system: You are a helpful assistant.
user:
Analyze the provided spectrum to determine if it is a **White Dwarf (WD)**.

A White Dwarf spectrum is defined by its **extreme purity** (due to gravitational settling) and/or **extreme pressure broadening** (due to high surface gravity). You must check for one of the following mutually exclusive signatures:

- **Key Visual Indicators (Check for ONE of these types):**

    - **1. DA-Type Signature (Most Common):**
        - **(Primary Feature):** Extreme pressure broadening (Stark broadening) of the **Hydrogen (H) Balmer lines**.
        - **(Key Lines):** $H\beta$ (approx. $4861$ Å) and $H\gamma$ (approx. $4340$ Å). $H\alpha$ (approx. $6563$ Å) will also be present if the wavelength range covers it.
        - **(Line Profile):** This is the **defining feature**. The lines are **NOT** sharp. They appear as massive, **extremely broad and deep "troughs" or "dips"** in the spectrum, often hundreds of Ångströms wide. The continuum will appear to "scoop" down at these wavelengths.
        - **(Distinction):** Normal A-type or B-type stars have *narrow* and *sharp* Hydrogen lines. A DA White Dwarf's lines are unmistakably "smeared" or "blurry" from pressure.

    - **2. DB-Type Signature:**
        - **(Primary Feature):** Broad absorption lines from **Neutral Helium (He I)**. The spectrum must lack any visible Hydrogen lines.
        - **(Key Lines):** Look for broad absorption near $4471$ Å, $4921$ Å, and $5876$ Å.
        - **(Line Profile):** These lines are also significantly pressure-broadened, appearing much wider than they would in a normal B-type main-sequence star.

    - **3. DC-Type Signature:**
        - **(Primary Feature):** A **featureless continuous spectrum**.
        - **(Line Profile):** The spectrum is a smooth curve with **no significant absorption or emission lines**.
        - **(Key Confirmation):** The continuum is almost always **blue or white**, indicating a hot object. This signature implies the atmosphere is so pure (or so cool) that no spectral lines are visible in the optical range. Its WD identity is confirmed by its extremely low intrinsic brightness (high absolute magnitude).

    - **4. DZ-Type Signature (Metal-Polluted):**
        - **(Primary Feature):** **Isolated, narrow metal absorption lines** on an otherwise featureless (DC-like) continuum.
        - **(Key Lines):** The **Calcium (Ca II) H & K doublet** (approx. **$3934$ Å** and **$3968$ Å**) is the most common and defining feature.
        - **(Line Profile):** These lines are "out of place." They are *not* part of a "forest" of thousands of lines. This signature is evidence of recent *accretion* (pollution) from rocky debris.
        - **(Distinction):** Normal G/K/M stars have a *dense forest* of thousands of metal lines. A DZ has a *clean* continuum with *only a few* strong metal lines.

    - **5. DQ-Type Signature (Carbon-Polluted):**
        - **(Primary Feature):** Absorption bands from **Carbon (C₂ "Swan Bands" or atomic C I)**.
        - **(Key Lines - C₂):** Look for bandheads with a "saw-tooth" shape near $5635$ Å, **$5165$ Å** (strongest), and $4737$ Å.
        - **(Key Confirmation):** The underlying **continuum must be blue or white** (hot).
        - **(Distinction):** This is the critical difference from a **Carbon Star**, which has the *exact same* C₂ bands but on an extremely **red, cool** continuum.

- **(Overall Spectrum):**
    - The continuum (overall shape) is typically **blue-sloping** (brighter in the blue than the red), as most white dwarfs are very hot.
    - The spectrum will look "pure" or "simple," dominated by only *one* of the five signatures listed above.

Think first, call **spectral_visualization_tool** if needed to examine features in detail, then provide your final answer. Your response must adhere to the following strict rules:
1.  **Overall Structure:** Your response must follow the format `<think>...</think> <tool_call>...</tool_call> (if a tool is used) <answer>...</answer>`.
2.  **Tool Usage Constraint:** You may only make **one** tool call per turn.
3.  **Final Answer Format:** In the `<answer>` tag, your conclusion must be inside a `\boxed{}` command (e.g., `\boxed{YES}` or `\boxed{NO}`), followed by your justification.

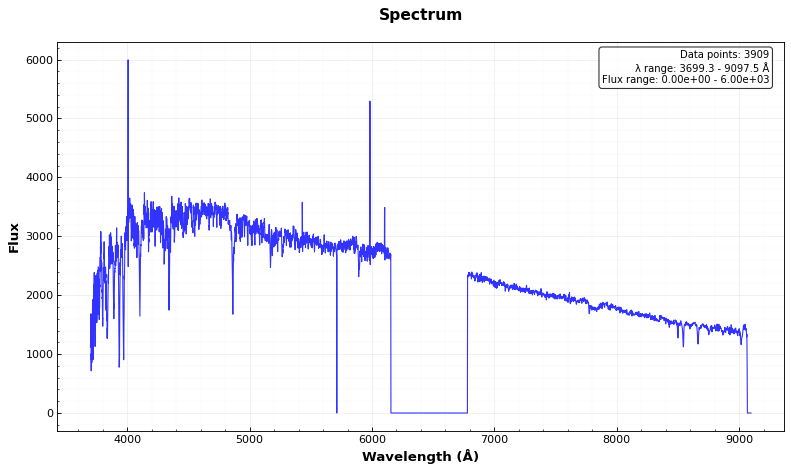
Answer: NO